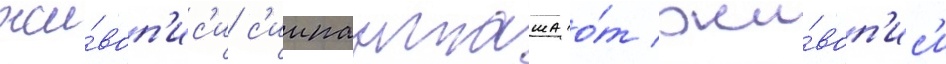
жи́воп'ис'и с'иипанташа о́т жи́воп'ис'и